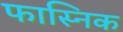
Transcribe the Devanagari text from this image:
फास्निक